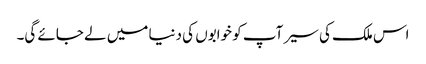
اس ملک کی سیر آپ کو خوابوں کی دنیا میں لے جائے گی۔